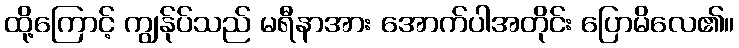
ထို့ကြောင့် ကျွန်ုပ်သည် မရီနာအား အောက်ပါအတိုင်း ပြောမိလေ၏။